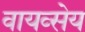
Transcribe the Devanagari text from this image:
वायव्सेय